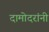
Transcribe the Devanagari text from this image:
दामोदरांनी